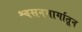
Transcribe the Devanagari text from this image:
श्वसनमार्गातून